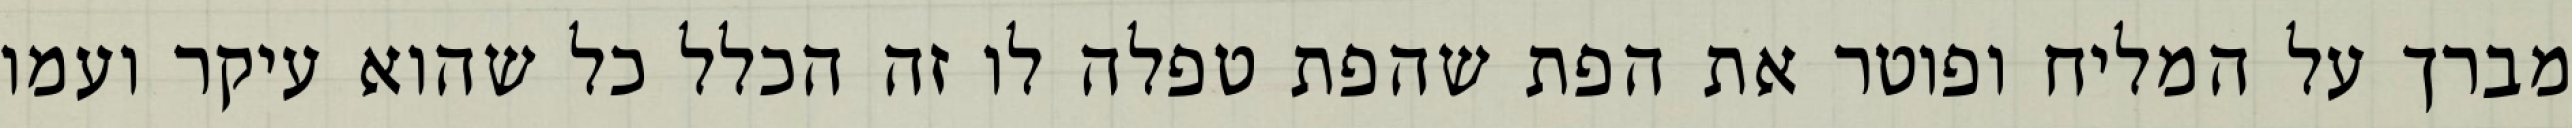
מברך על המליח ופוטר את הפת שהפת טפלה לו זה הכלל כל שהוא עיקר ועמו